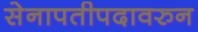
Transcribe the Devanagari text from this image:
सेनापतीपदावरुन